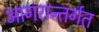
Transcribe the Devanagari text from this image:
आगरान्तर्गत